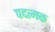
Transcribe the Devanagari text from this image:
पदत्मक